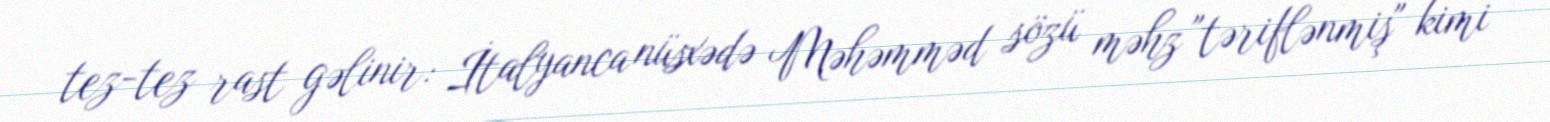
tez-tez rast gəlinir: İtalyanca nüsxədə Məhəmməd sözü məhz "təriflənmiş" kimi